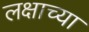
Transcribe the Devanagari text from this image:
लक्षाच्या